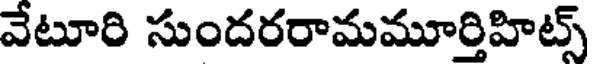
వేటూరి సుందరరామమూర్తిహిట్స్